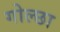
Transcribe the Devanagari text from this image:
गोल्छा